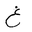
Letter: _gayn